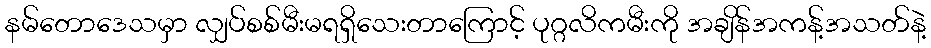
နမ်တောဒေသမှာ လျှပ်စစ်မီးမရရှိသေးတာကြောင့် ပုဂ္ဂလိကမီးကို အချိန်အကန့်အသတ်နဲ့